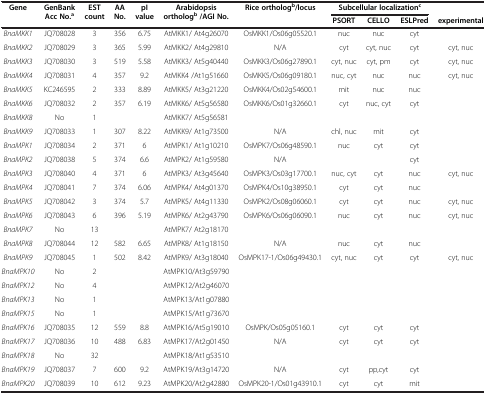
<table><thead><tr><td><b>Gene</b></td><td><b>GenBank Acc No.<sup>a</sup></b></td><td><b>EST count</b></td><td><b>AA No.</b></td><td><b>pI value</b></td><td><b>Arabidopsis ortholog<sup>b </sup>/AGI No.</b></td><td><b>Rice ortholog<sup>b</sup>/locus</b></td><td colspan="3"><b>Subcellular localization<sup>c</sup></b></td><td><b> </b></td></tr><tr><td colspan="7"><b> </b></td><td><b>PSORT</b></td><td><b>CELLO</b></td><td><b>ESLPred</b></td><td><b>experimental</b></td></tr></thead><tbody><tr><td><i>BnaMKK1</i></td><td>JQ708028</td><td>3</td><td>356</td><td>6.75</td><td>AtMKK1/ At4g26070</td><td>OsMKK1/Os06g05520.1</td><td>nuc</td><td>nuc</td><td>cyt</td><td> </td></tr><tr><td><i>BnaMKK2</i></td><td>JQ708029</td><td>3</td><td>365</td><td>5.99</td><td>AtMKK2/ At4g29810</td><td>N/A</td><td>cyt</td><td>cyt, nuc</td><td>cyt</td><td>cyt, nuc</td></tr><tr><td><i>BnaMKK3</i></td><td>JQ708030</td><td>3</td><td>519</td><td>5.58</td><td>AtMKK3/ At5g40440</td><td>OsMKK3/Os06g27890.1</td><td>cyt, nuc</td><td>cyt, pm</td><td>cyt</td><td>cyt, nuc</td></tr><tr><td><i>BnaMKK4</i></td><td>JQ708031</td><td>4</td><td>357</td><td>9.2</td><td>AtMKK4 /At1g51660</td><td>OsMKK5/Os06g09180.1</td><td>nuc, cyt</td><td>nuc</td><td>nuc</td><td>cyt, nuc</td></tr><tr><td><i>BnaMKK5</i></td><td>KC246595</td><td>2</td><td>333</td><td>8.89</td><td>AtMKK5/ At3g21220</td><td>OsMKK4/Os02g54600.1</td><td>mit</td><td>nuc</td><td>nuc</td><td> </td></tr><tr><td><i>BnaMKK6</i></td><td>JQ708032</td><td>2</td><td>357</td><td>6.19</td><td>AtMKK6/ At5g56580</td><td>OsMKK6/Os01g32660.1</td><td>cyt</td><td>nuc, cyt</td><td>cyt</td><td> </td></tr><tr><td><i>BnaMKK8</i></td><td>No</td><td>1</td><td> </td><td> </td><td>AtMKK7/ At5g56581</td><td> </td><td> </td><td> </td><td> </td><td> </td></tr><tr><td><i>BnaMKK9</i></td><td>JQ708033</td><td>1</td><td>307</td><td>8.22</td><td>AtMKK9/ At1g73500</td><td>N/A</td><td>chl, nuc</td><td>mit</td><td>cyt</td><td> </td></tr><tr><td><i>BnaMPK1</i></td><td>JQ708034</td><td>2</td><td>371</td><td>6</td><td>AtMPK1/ At1g10210</td><td>OsMPK7/Os06g48590.1</td><td>nuc</td><td>cyt</td><td>cyt</td><td> </td></tr><tr><td><i>BnaMPK2</i></td><td>JQ708038</td><td>5</td><td>374</td><td>6.6</td><td>AtMPK2/ At1g59580</td><td>N/A</td><td> </td><td> </td><td>cyt</td><td> </td></tr><tr><td><i>BnaMPK3</i></td><td>JQ708040</td><td>4</td><td>371</td><td>6</td><td>AtMPK3/ At3g45640</td><td>OsMPK3/Os03g17700.1</td><td>nuc, cyt</td><td>cyt</td><td>nuc</td><td>cyt, nuc</td></tr><tr><td><i>BnaMPK4</i></td><td>JQ708041</td><td>7</td><td>374</td><td>6.06</td><td>AtMPK4/ At4g01370</td><td>OsMPK4/Os10g38950.1</td><td>cyt</td><td>cyt</td><td>nuc</td><td> </td></tr><tr><td><i>BnaMPK5</i></td><td>JQ708042</td><td>3</td><td>374</td><td>5.7</td><td>AtMPK5/ At4g11330</td><td>OsMPK2/Os08g06060.1</td><td>cyt</td><td>cyt</td><td>nuc</td><td>cyt, nuc</td></tr><tr><td><i>BnaMPK6</i></td><td>JQ708043</td><td>6</td><td>396</td><td>5.19</td><td>AtMPK6/ At2g43790</td><td>OsMPK6/Os06g06090.1</td><td>nuc</td><td>cyt</td><td>nuc</td><td>cyt, nuc</td></tr><tr><td><i>BnaMPK7</i></td><td>No</td><td>13</td><td> </td><td> </td><td>AtMPK7/ At2g18170</td><td> </td><td> </td><td> </td><td> </td><td> </td></tr><tr><td><i>BnaMPK8</i></td><td>JQ708044</td><td>12</td><td>582</td><td>6.65</td><td>AtMPK8/ At1g18150</td><td>N/A</td><td>nuc</td><td>cyt</td><td>nuc</td><td> </td></tr><tr><td><i>BnaMPK9</i></td><td>JQ708045</td><td>1</td><td>502</td><td>8.42</td><td>AtMPK9/ At3g18040</td><td>OsMPK17-1/Os06g49430.1</td><td>cyt, nuc</td><td>cyt</td><td>cyt</td><td>cyt, nuc</td></tr><tr><td><i>BnaMPK10</i></td><td>No</td><td>2</td><td> </td><td> </td><td>AtMPK10/At3g59790</td><td> </td><td> </td><td> </td><td> </td><td> </td></tr><tr><td><i>BnaMPK12</i></td><td>No</td><td>4</td><td> </td><td> </td><td>AtMPK12/At2g46070</td><td> </td><td> </td><td> </td><td> </td><td> </td></tr><tr><td><i>BnaMPK13</i></td><td>No</td><td>1</td><td> </td><td> </td><td>AtMPK13/At1g07880</td><td> </td><td> </td><td> </td><td> </td><td> </td></tr><tr><td><i>BnaMPK15</i></td><td>No</td><td>1</td><td> </td><td> </td><td>AtMPK15/At1g73670</td><td> </td><td> </td><td> </td><td> </td><td> </td></tr><tr><td><i>BnaMPK16</i></td><td>JQ708035</td><td>12</td><td>559</td><td>8.8</td><td>AtMPK16/At5g19010</td><td>OsMPK/Os05g05160.1</td><td>cyt</td><td>cyt</td><td>cyt</td><td> </td></tr><tr><td><i>BnaMPK17</i></td><td>JQ708036</td><td>10</td><td>488</td><td>6.83</td><td>AtMPK17/At2g01450</td><td>N/A</td><td>cyt</td><td>cyt</td><td>cyt</td><td> </td></tr><tr><td><i>BnaMPK18</i></td><td>No</td><td>32</td><td> </td><td> </td><td>AtMPK18/At1g53510</td><td> </td><td> </td><td> </td><td> </td><td> </td></tr><tr><td><i>BnaMPK19</i></td><td>JQ708037</td><td>7</td><td>600</td><td>9.2</td><td>AtMPK19/At3g14720</td><td>N/A</td><td>cyt</td><td>pp,cyt</td><td>cyt</td><td> </td></tr><tr><td><i>BnaMPK20</i></td><td>JQ708039</td><td>10</td><td>612</td><td>9.23</td><td>AtMPK20/At2g42880</td><td>OsMPK20-1/Os01g43910.1</td><td>cyt</td><td>cyt</td><td>mit</td><td> </td></tr></tbody></table>